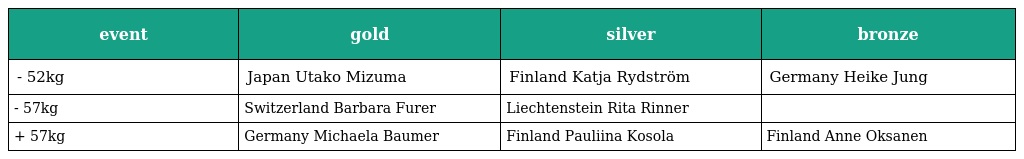
| event | gold | silver | bronze |
 | --- | --- | --- | --- |
 | - 52kg | Japan Utako Mizuma | Finland Katja Rydström | Germany Heike Jung |
 | - 57kg | Switzerland Barbara Furer | Liechtenstein Rita Rinner |  |
 | + 57kg | Germany Michaela Baumer | Finland Pauliina Kosola | Finland Anne Oksanen |